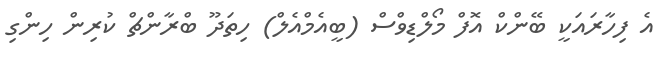
އެ ފިހާރައަކީ ބޭންކް އޮފް މޯލްޑިވްސް (ބީއެމްއެލް) ހިތަދޫ ބްރާންޗް ކުރިން ހިންގި